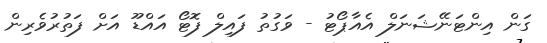
ގަން އިންޓަނޭޝަނަލް އެއާޕޯޓު - ވަގުތު ފައިލް ފޮޓޯ އައްޑޫ އަށް ފަތުރުވެރިން